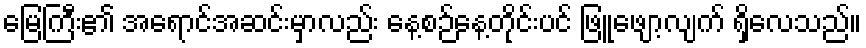
မြေကြီး၏ အရောင်အဆင်းမှာလည်း နေ့စဉ်နေ့တိုင်းပင် ဖြူဖျော့လျက် ရှိလေသည်။